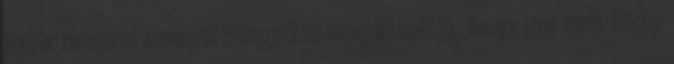
Fejér megyei nemesi közgyűlés megállapítja, hogy írni kell Zichy